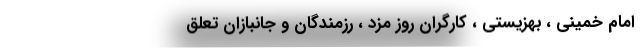
امام خمینی ، بهزیستی ، کارگران روز مزد ، رزمندگان و جانبازان تعلق